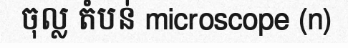
ចុល្ល តំបន់ microscope (n)